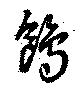
鴎